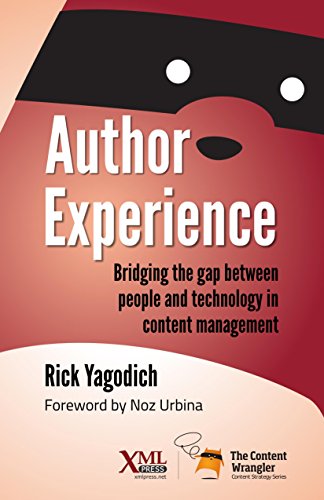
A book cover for Author Experience: Bridging the gap between people and technology in content management; Rick Yagodich; Computers & Technology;